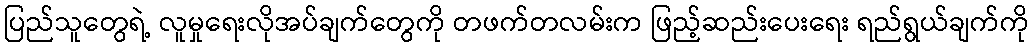
ပြည်သူတွေရဲ့ လူမှုရေးလိုအပ်ချက်တွေကို တဖက်တလမ်းက ဖြည့်ဆည်းပေးရေး ရည်ရွယ်ချက်ကို